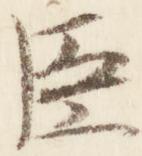
臣